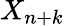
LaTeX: X_{n+k}